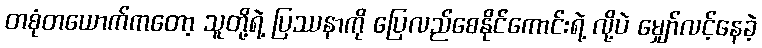
တစုံတယောက်ကတော့ သူတို့ရဲ့ ပြဿနာကို ပြေလည်စေနိုင်ကောင်းရဲ့ လို့ပဲ မျှော်လင့်နေခဲ့